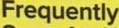
Frequently